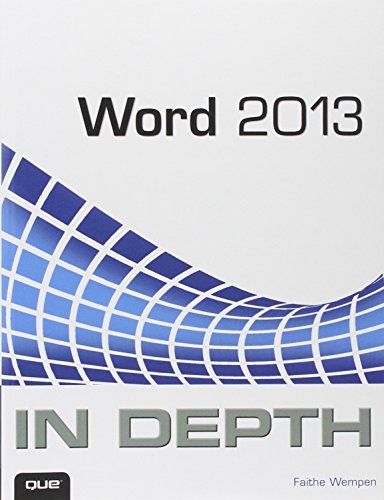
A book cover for Word 2013 In Depth; Faithe Wempen; Computers & Technology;